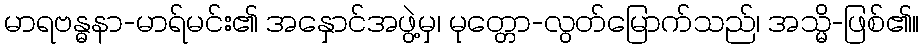
မာရဗန္ဓနာ-မာရ်မင်း၏ အနှောင်အဖွဲ့မှ၊ မုတ္တော-လွတ်မြောက်သည်၊ အသ္မိ-ဖြစ်၏။